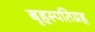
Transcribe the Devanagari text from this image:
बृहस्पतिग्रह